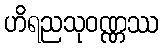
ဟိရညသုဝဏ္ဏဿ